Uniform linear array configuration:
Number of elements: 64
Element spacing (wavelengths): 0.25
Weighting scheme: hann
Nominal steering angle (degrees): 0
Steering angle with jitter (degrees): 0.9513
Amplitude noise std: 0.05
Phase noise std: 0.05

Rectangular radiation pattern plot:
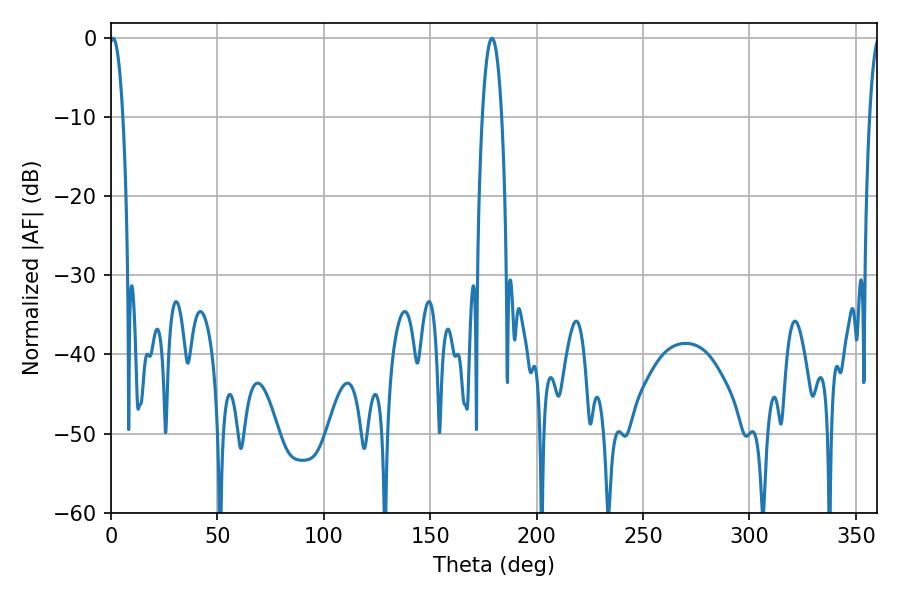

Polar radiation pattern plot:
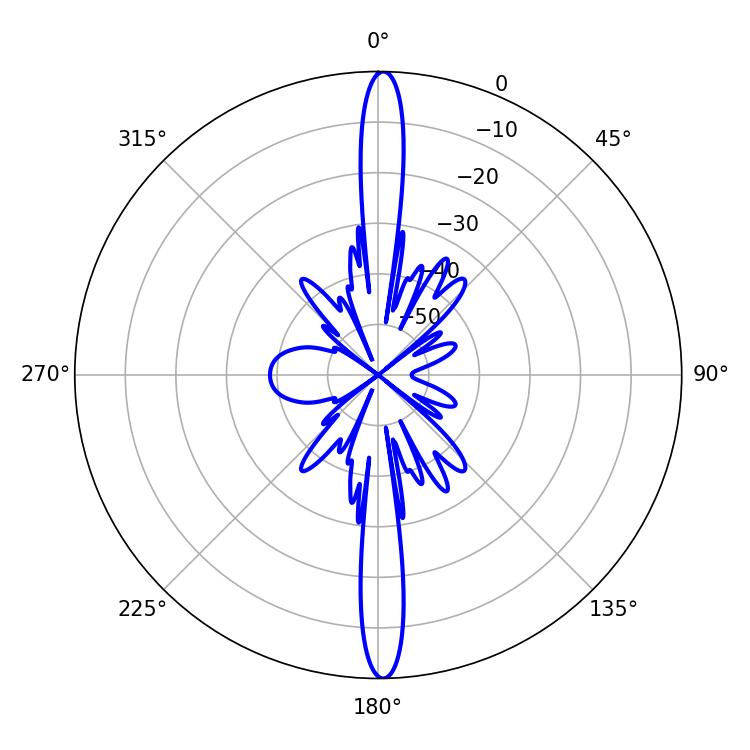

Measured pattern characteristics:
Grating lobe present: FALSE
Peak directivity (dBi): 27.828
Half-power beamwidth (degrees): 3.6
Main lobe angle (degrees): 0.9